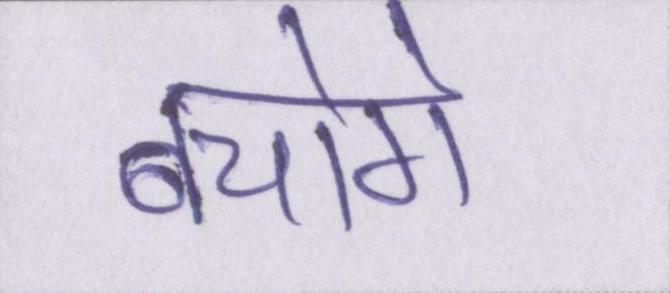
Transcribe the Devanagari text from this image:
बचोगे